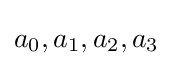
a_{0},a_{1},a_{2},a_{3}